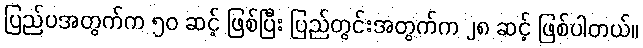
ပြည်ပအတွက်က ၅၀ ဆင့် ဖြစ်ပြီး ပြည်တွင်းအတွက်က ၂၈ ဆင့် ဖြစ်ပါတယ်။